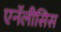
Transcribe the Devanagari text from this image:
एनॅलीसिस